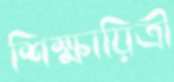
শিক্ষায়িত্রী